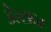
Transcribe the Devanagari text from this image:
डेल्सन